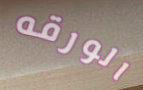
الورقه